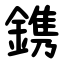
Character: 鎸